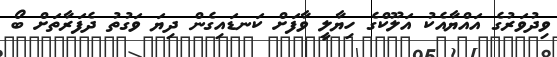
ވިދުވަރުގެ އައްޔާއެކު އަލޫކްގެ ހިޔާލީ ވާފަށް ކަނޑައިގެން ދިޔަ ވަގުތު ދެފަރާތަށް ބޯ